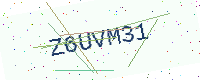
Text: Z6UVM31